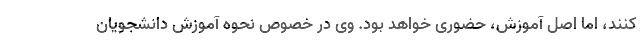
کنند، اما اصل آموزش، حضوری خواهد بود. وی در خصوص نحوه آموزش دانشجویان